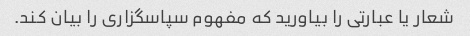
شعار یا عبارتی را بیاورید که مفهوم سپاسگزاری را بیان کند.